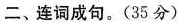
二、连词成句。(35 分)